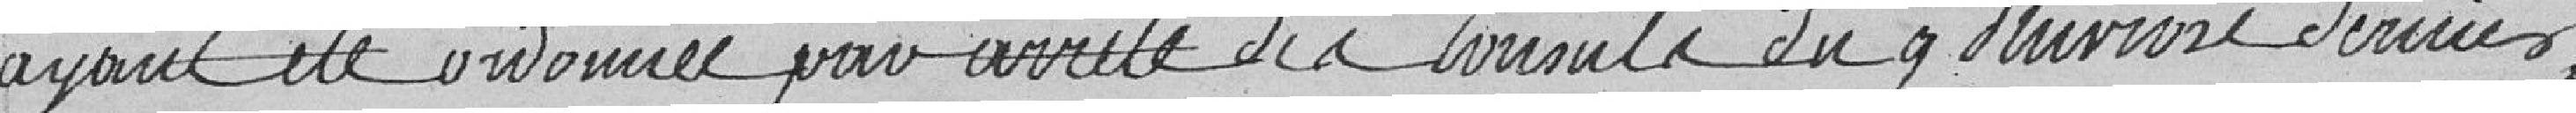
ayant été ordonnée par arrêté des consuls du 9 pluviose dernier,